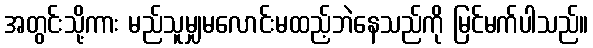
အတွင်းသို့ကား မည်သူမျှမလောင်းမထည့်ဘဲနေသည်ကို မြင်မက်ပါသည်။